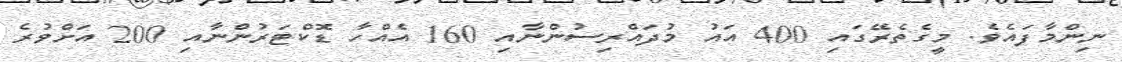
ނިންމާފައެވެ. މީގެތެރޭގައި 400 އައު މުދައްރިސުންނާއި 160 އެއްހާ ޑޮކްޓަރުންނާއި 200 އަށްވުރެ